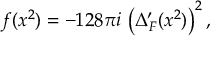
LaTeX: f ( x ^ { 2 } ) = - 1 2 8 \pi i \, \left( \Delta _ { F } ^ { \prime } ( x ^ { 2 } ) \right) ^ { 2 } ,